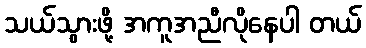
သယ်သွားဖို့ အကူအညီလိုနေပါ တယ်